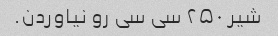
شیر ۲۵۰ سی سی رو نیاوردن.